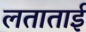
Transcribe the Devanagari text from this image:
लताताई